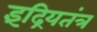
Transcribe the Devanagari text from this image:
इंद्रियतंत्र